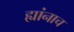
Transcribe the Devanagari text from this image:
ह्यांनाच